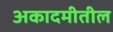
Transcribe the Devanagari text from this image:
अकादमीतील